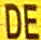
DE